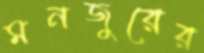
মনজুরের